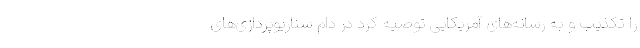
را تکذیب و به رسانه‌های آمریکایی توصیه کرد در دام سناریوپردازی‌های